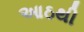
આઠથી